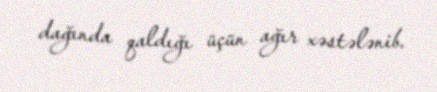
dağında qaldığı üçün ağır xəstələnib.